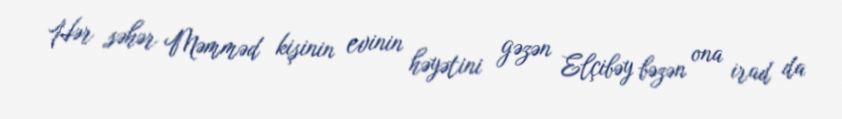
Hər səhər Məmməd kişinin evinin həyətini gəzən Elçibəy bəzən ona irad da